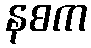
နစက